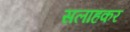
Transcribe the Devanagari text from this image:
सलाहकर